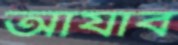
আযাব